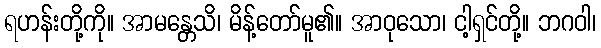
ရဟန်းတို့ကို။ အာမန္တေသိ၊ မိန့်တော်မူ၏။ အာဝုသော၊ ငါ့ရှင်တို့။ ဘဂဝါ၊